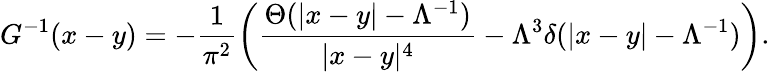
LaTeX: G^{-1}(x-y)=-\frac{1}{\pi^{2}}\left(\frac{\Theta(|x-y|-\Lambda^{-1})}{|x-y|^{4}}-\Lambda^{3}\delta(|x-y|-\Lambda^{-1})\right).